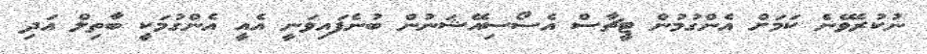
ނުކުރެވޭނެ ކަމަށް އެންގުމުން ޓީޗާސް އެސޯސިއޭޝަނުން ބުނެފައިވަނީ އެއީ އެންގުމަކީ ބާތިލް އަދި